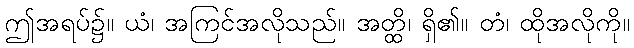
ဤအရပ်၌။ ယံ၊ အကြင်အလိုသည်။ အတ္ထိ၊ ရှိ၏။ တံ၊ ထိုအလိုကို။